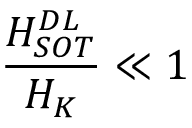
\frac { H _ { S O T } ^ { D L } } { H _ { K } } \ll 1